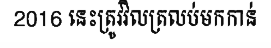
2016 នេះត្រូវវិលត្រលប់មកកាន់